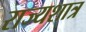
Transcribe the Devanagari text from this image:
राज्यशात्र